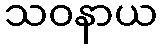
သဝနာယ